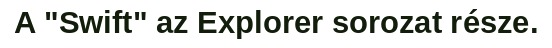
A "Swift" az Explorer sorozat része.